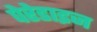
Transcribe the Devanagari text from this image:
पेरेडाइज